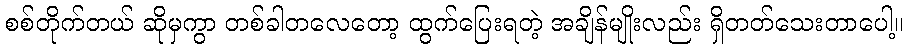
စစ်တိုက်တယ် ဆိုမှကွာ တစ်ခါတလေတော့ ထွက်ပြေးရတဲ့ အချိန်မျိုးလည်း ရှိတတ်သေးတာပေါ့။